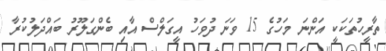
ތާރީހުތަކަކީ އަންނަ މަހުގެ 15 ވަނަ ދުވަހު އީގަލްސް އާއި ބެންގަލޫރު ބައްދަލުކުރާ